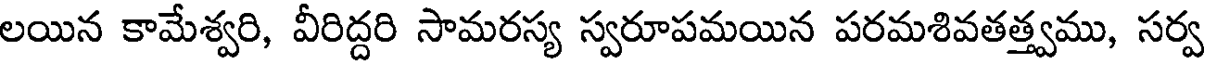
లయిన కామేశ్వరి, వీరిద్దరి సామరస్య స్వరూపమయిన పరమశివతత్త్వము, సర్వ